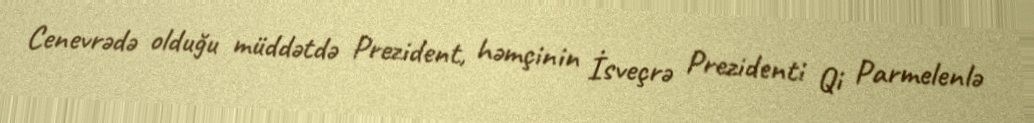
Cenevrədə olduğu müddətdə Prezident, həmçinin İsveçrə Prezidenti Qi Parmelenlə